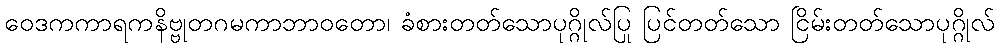
ဝေဒကကာရကနိဗ္ဗုတဂမကာဘာဝတော၊ ခံစားတတ်သောပုဂ္ဂိုလ်ပြု ပြင်တတ်သော ငြိမ်းတတ်သောပုဂ္ဂိုလ်